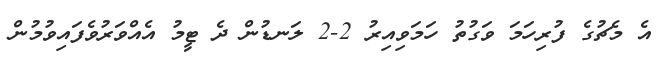
އެ މެޗުގެ ފުރިހަމަ ވަގުތު ހަމަވިއިރު 2-2 ލަނޑުން ދެ ޓީމު އެއްވަރުވެފައިވުމުން